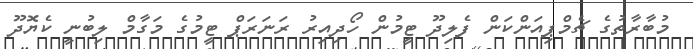
މުބާރާތުގެ ޗެމްޕިއަންކަން ފެލިދޫ ޓީމުން ހޯދިއިރު ރަނަރަޕް ޓީމުގެ މަގާމް ލިބުނީ ކެޔޮދޫ